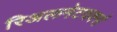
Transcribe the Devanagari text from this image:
रिअलनेटवर्क्स